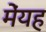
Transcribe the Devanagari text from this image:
मेंयह